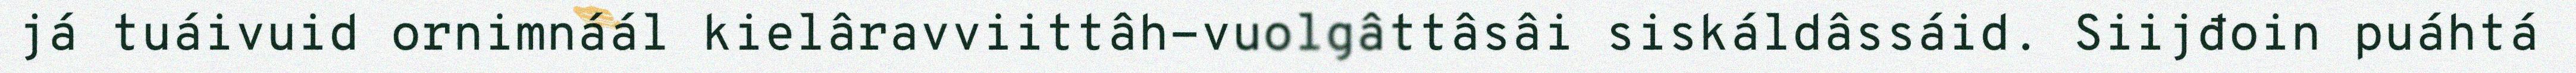
já tuáivuid ornimnáál kielâravviittâh-vuolgâttâsâi siskáldâssáid. Siijđoin puáhtá